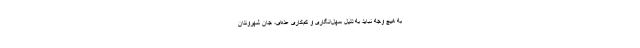
به هیچ وجه نباید به دلیل سهل‌انگاری و کم‌کاری عده‌ای، جان شهروندان